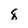
Character: 8